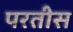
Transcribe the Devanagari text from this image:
परतीस